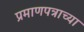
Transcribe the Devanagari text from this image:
प्रमाणपत्राच्या